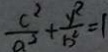
\frac { c ^ { 2 } } { a ^ { 2 } } + \frac { y ^ { 2 } } { b ^ { 2 } } = 1